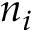
n _ { i }